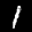
Label: 1